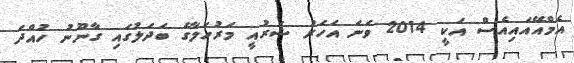
އެމްއޭއައިއެސް އަކީ 2014 ވަނަ އަހަރު ޝަރުއީ މަރުހަލާގެ ބަދަލުގައި ގާނޫނު ހުއްދަ